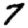
Digit: 7